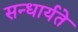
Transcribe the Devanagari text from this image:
सन्धार्यते